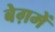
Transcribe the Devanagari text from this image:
बेग़में